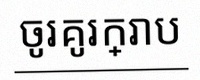
ចូរគូរក្រាប